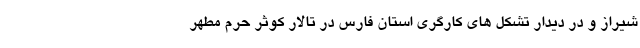
شیراز و در دیدار تشکل های کارگری استان فارس در تالار کوثر حرم مطهر